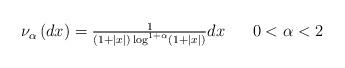
LaTeX: \begin{align*}\begin{array}{lll}\nu _{\alpha }\left( dx\right) =\frac{1}{\left( 1+\left\vert x\right\vert\right) \log ^{1+\alpha }\left( 1+\left\vert x\right\vert \right) }dx & & 0<\alpha <2\end{array}\end{align*}